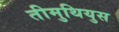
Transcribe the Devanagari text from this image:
तीमुथियुस